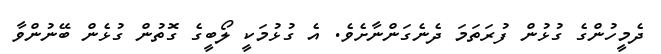
ދެމީހުންގެ ގުޅުން ފުރަތަމަ ދެނެގަންނާށެވެ. އެ ގުޅުމަކީ ލޯބީގެ ގޮތުން ގުޅެން ބޭނުންވާ